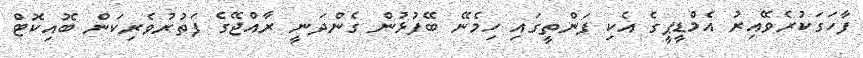
ފާހަގަކުރެވޭއިރު އެމްޑީޕީގެ އެކި ފަންތީގައި ހިމެނޭ ބޭފުޅުން ގެންދަނީ ރާއްޖޭގެ ފަތުރުވެރިކަން ބޮއިކޮޓް